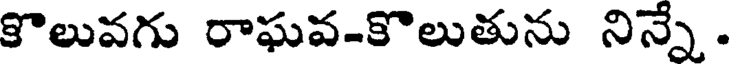
కొలువగు రాఘవ-కొలుతును నిన్నే.